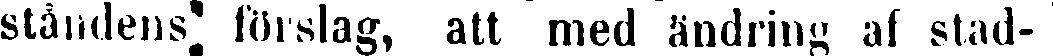
ståndens förslag, att med ändring af stad-